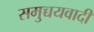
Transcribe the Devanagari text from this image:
समुच्चयवादी